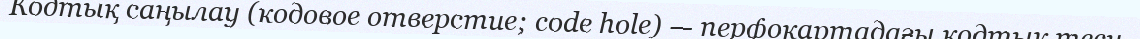
Кодтық саңылау (кодовое отверстие; code hole) — перфокартадағы кодтық тесу.